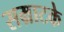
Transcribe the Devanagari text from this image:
सम्राटके